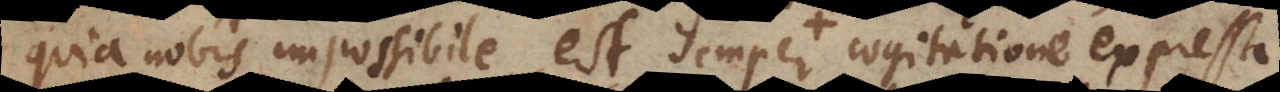
quia nobis impossibile est semper cogitatione expressa